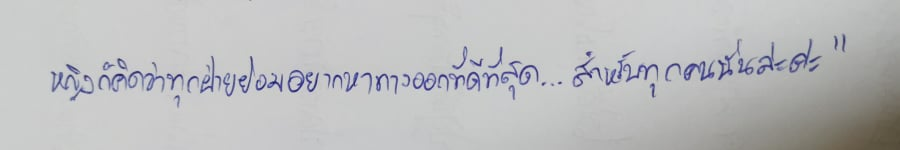
หญิงก็คิดว่าทุกฝ่ายย่อมอยากหาทางออกที่ดีที่สุด...สำหรับทุกคนนั่นละค่ะ"